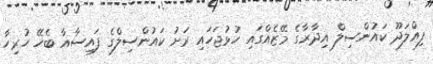
ފިއްލަދޫ ކައުންސިލް އިދާރާގެ މޭޒެއްގައި ހުޅުޖަހައި ރަށު ކައުންސިލްގެ ފައިސާއާ ބެހޭ ހުރިހާ